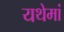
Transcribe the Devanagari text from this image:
यथेमां